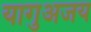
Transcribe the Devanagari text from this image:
यागुअजय